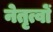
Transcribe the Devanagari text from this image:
नेतृत्वों